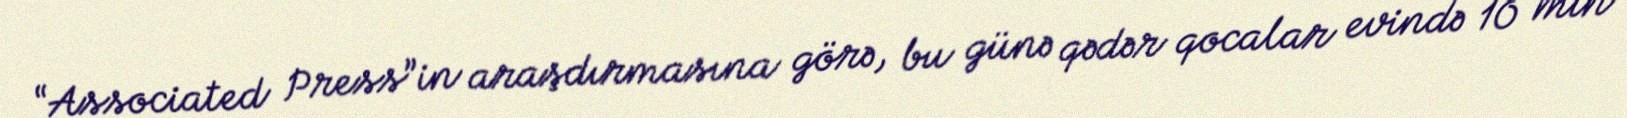
“Associated Press”in araşdırmasına görə, bu günə qədər qocalar evində 10 min